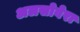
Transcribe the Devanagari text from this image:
अलसोवेरा